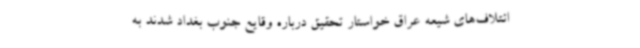
ائتلاف‌های شیعه عراق خواستار تحقیق درباره وقایع جنوب بغداد شدند به